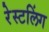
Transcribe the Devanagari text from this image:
रेस्टलिंग